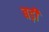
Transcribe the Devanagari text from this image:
बड़ीं